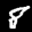
Label: 8